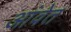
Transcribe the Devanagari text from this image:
आंवेत